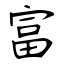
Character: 富